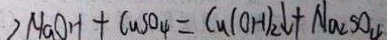
2 H a O H + C u S O _ { 4 } = C u ( O H ) _ { 2 } \downarrow + N a _ { 2 } S O _ { 4 }